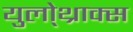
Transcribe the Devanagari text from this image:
युलो्थ्राक्स